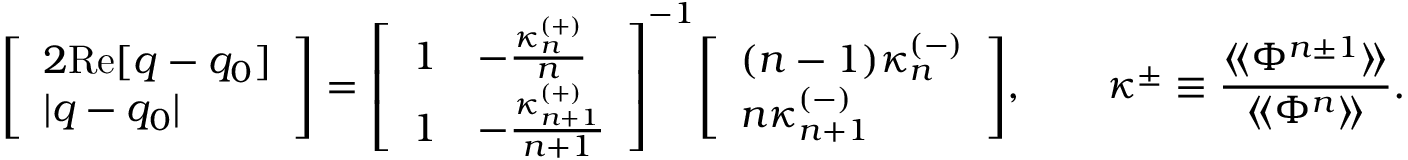
{ \left[ \begin{array} { l } { 2 { \mathrm { R e } } [ q - q _ { 0 } ] } \\ { | q - q _ { 0 } | } \end{array} \right] } = { \left[ \begin{array} { l l } { 1 } & { - { \frac { \kappa _ { n } ^ { ( + ) } } { n } } } \\ { 1 } & { - { \frac { \kappa _ { n + 1 } ^ { ( + ) } } { n + 1 } } } \end{array} \right] } ^ { - 1 } { \left[ \begin{array} { l } { ( n - 1 ) \kappa _ { n } ^ { ( - ) } } \\ { n \kappa _ { n + 1 } ^ { ( - ) } } \end{array} \right] } , \qquad \kappa ^ { \pm } \equiv { \frac { \langle \! \langle \Phi ^ { n \pm 1 } \rangle \! \rangle } { \langle \! \langle \Phi ^ { n } \rangle \! \rangle } } .